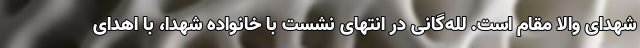
شهدای والا مقام است. لله‌گانی در انتهای نشست با خانواده شهدا، با اهدای